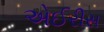
એઈરીસ